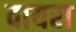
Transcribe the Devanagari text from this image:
वायरा